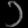
Digit: ၁